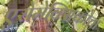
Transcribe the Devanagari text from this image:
एरोमेक्सिकोचा